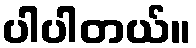
ပါပါတယ်။